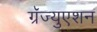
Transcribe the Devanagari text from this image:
ग्रॅज्युएशन